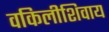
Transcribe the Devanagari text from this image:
वकिलीशिवाय